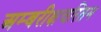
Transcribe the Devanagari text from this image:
अम्बरीक्षचरितम